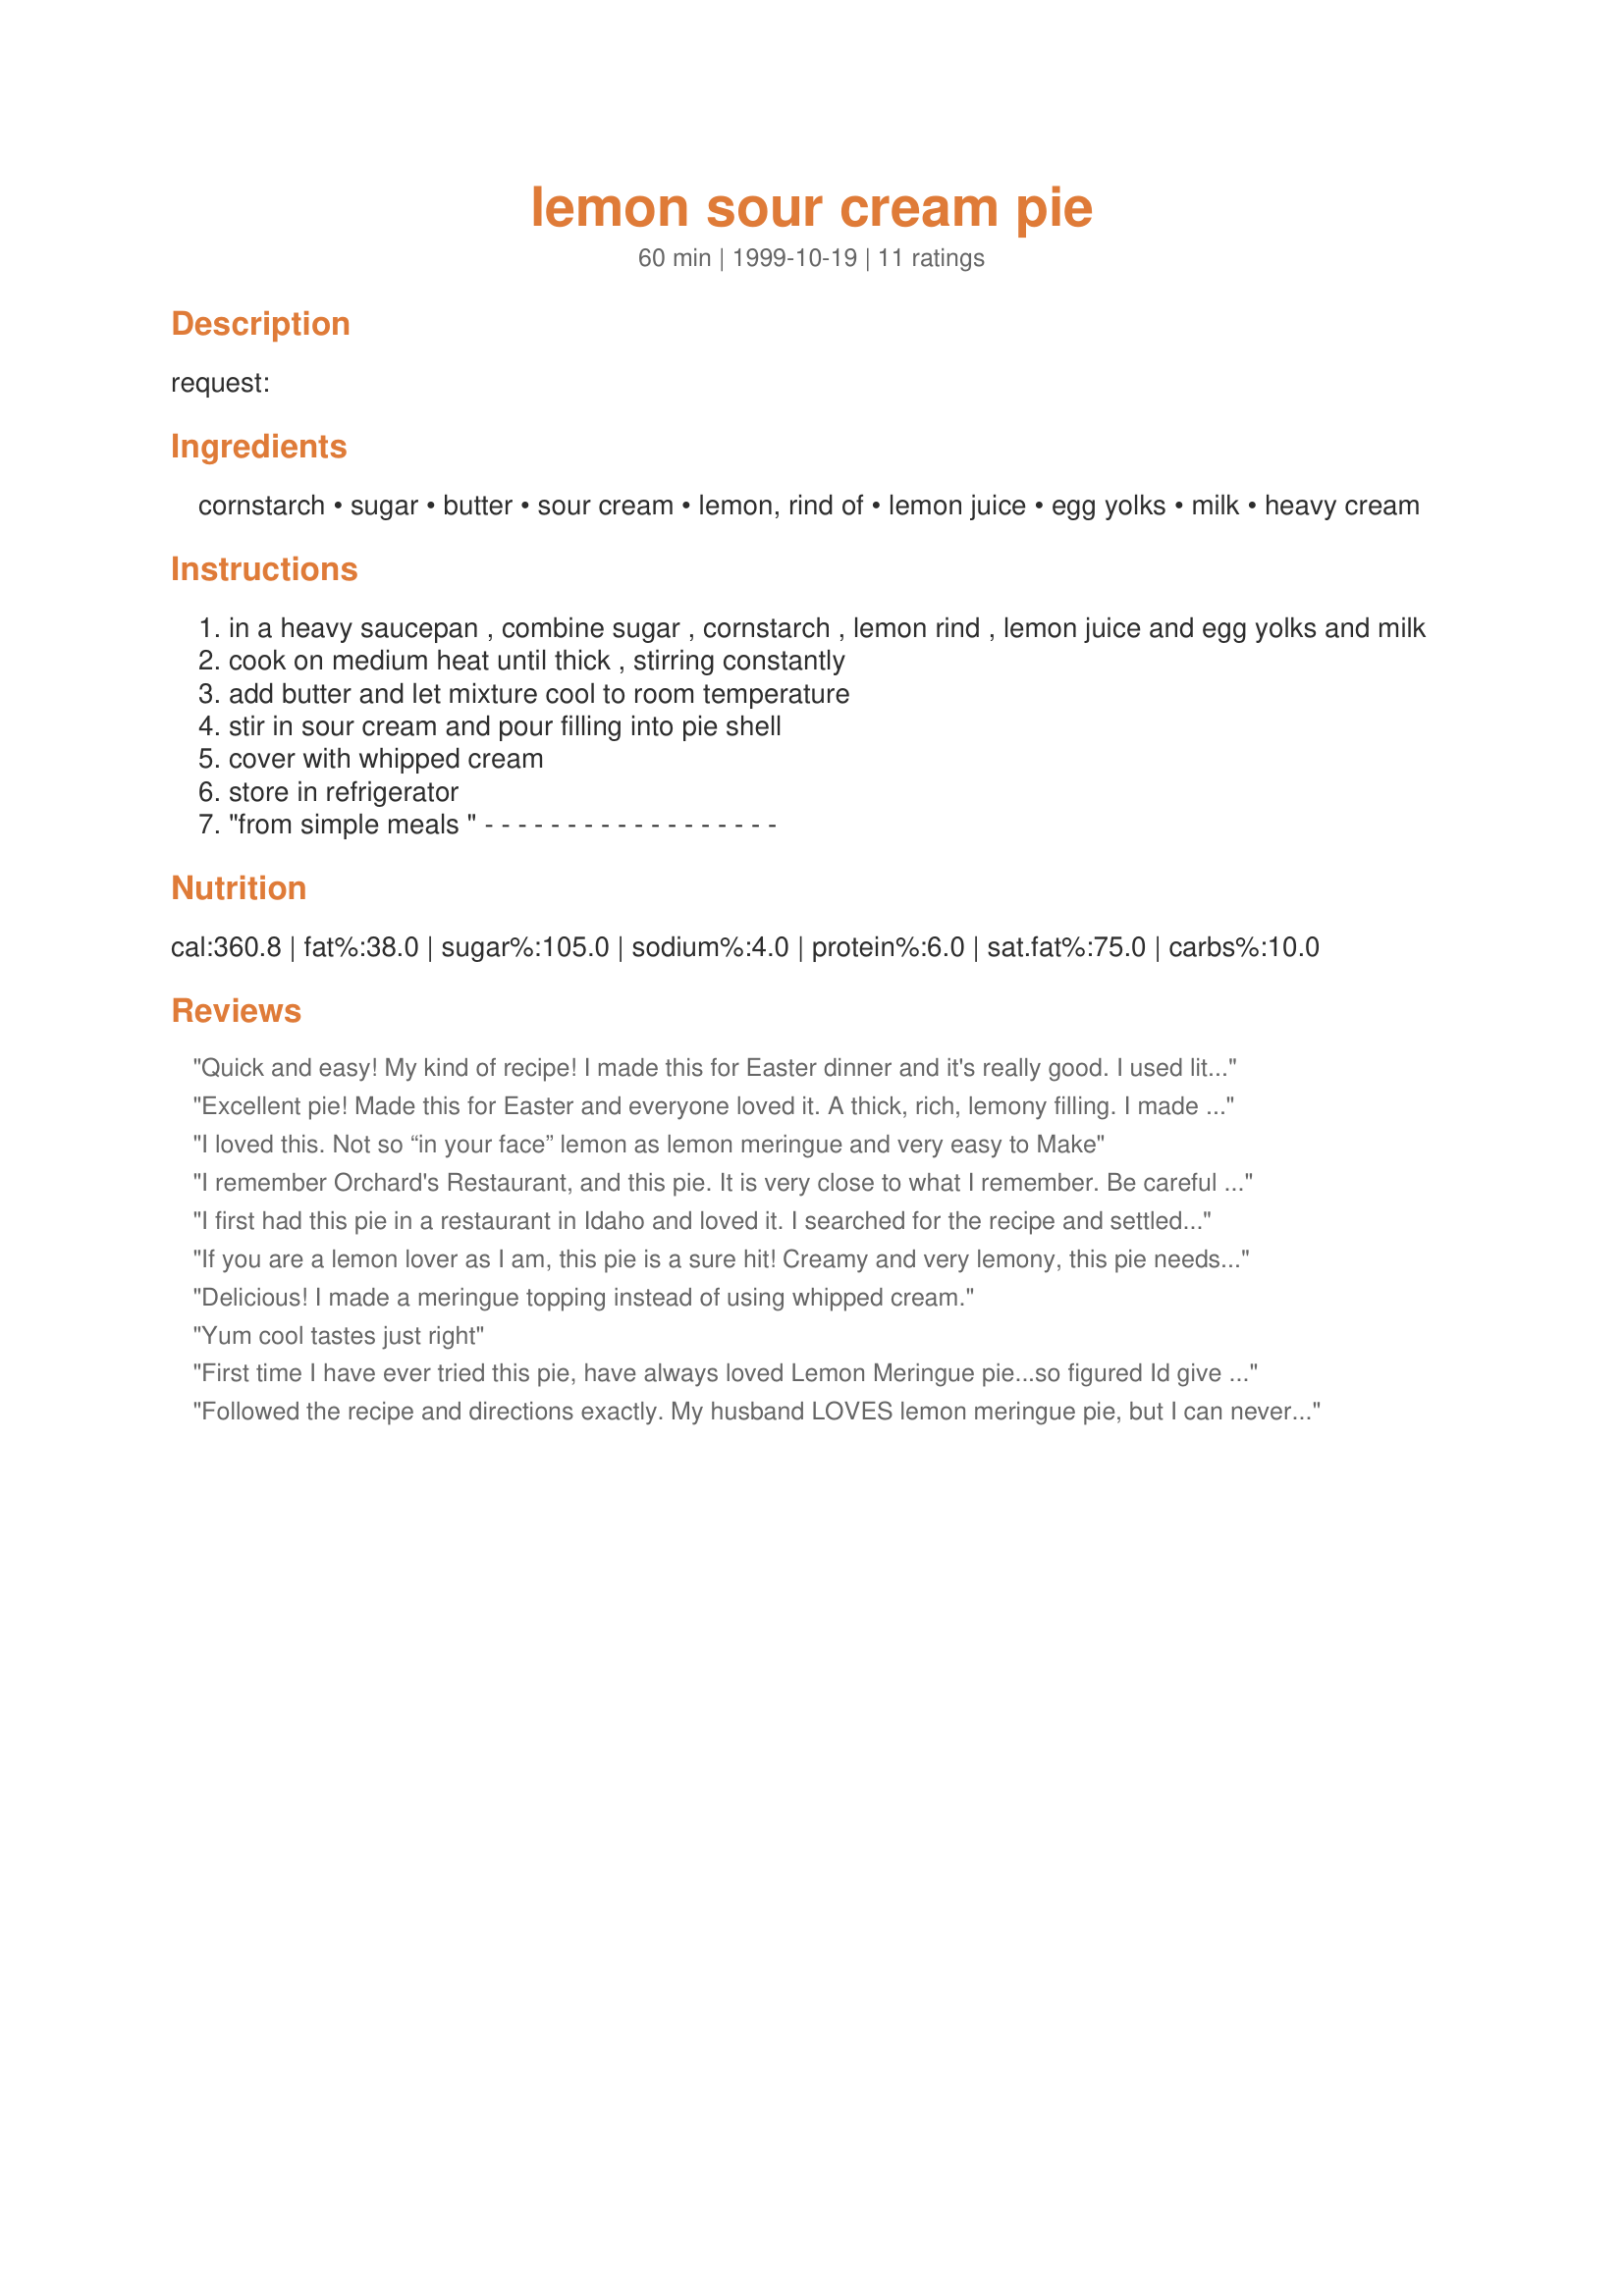
lemon sour cream pie
Preparation time: 60 minutes

request:

Ingredients:
cornstarch, sugar, butter, sour cream, lemon, rind of, lemon juice, egg yolks, milk, heavy cream

Steps:
in a heavy saucepan , combine sugar , cornstarch , lemon rind , lemon juice and egg yolks and milk
cook on medium heat until thick , stirring constantly
add butter and let mixture cool to room temperature
stir in sour cream and pour filling into pie shell
cover with whipped cream
store in refrigerator
"from simple meals " - - - - - - - - - - - - - - - - - -

Reviews:
Quick and easy! My kind of recipe! I made this for Easter dinner and it's really good. I used lite sour cream and it still tastes great. This one goes in my keeper file!
Excellent pie! Made this for Easter and everyone loved it. A thick, rich, lemony filling. I made early in the day and topped with whipped cream at serving. Thanks for sharing the recipe!
I loved this. Not so “in your face” lemon as lemon meringue and very easy to Make
I remember Orchard's Restaurant, and this pie. It is very close to what I remember. Be careful not to cool the custard for too long or it will be difficult to make a smooth mixture when adding the sour cream. I will make this pie again and again. Thanks!!!
I first had this pie in a restaurant in Idaho and loved it. I searched for the recipe and settled on this one. I must say it has been a favorite in my home ever since....to die for
If you are a lemon lover as I am, this pie is a sure hit! Creamy and very lemony, this pie needs no whipped cream topping except to decorate, if you prefer. I only had skim milk, so I used 1/2 cup skim with 1/2 cup heavy cream for the pie filling. This pie will go into my permanent recipe file to use again and again! So simple and so very tasty!! Thanks, Mary Lord!
Delicious! I made a meringue topping instead of using whipped cream.
Yum cool tastes just right
First time I have ever tried this pie, have always loved Lemon Meringue pie...so figured Id give this a go. GREAT decision!
Followed the recipe and directions exactly. My husband LOVES lemon meringue pie, but I can never get it right, so I decided to try this one instead and he said it was BETTER then lemon meringue! This will be a keeper. Thank you
I made it for some guests and they all went crazy about it.They all had seconds.
Loved it so much!!!!!
I made some changes. For the crust I grinded dryed out brownies with buter to form a dry paste. Great contrast of flavor!!! Chocolate and lemon my 2 favorites. Used the whiped cream on top. Doesnt need it. Next time I will only decorate the pye with it.

A cook from mexico.
